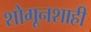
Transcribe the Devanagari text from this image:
शोगूनशाही